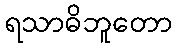
ရသာဓိဘူတော